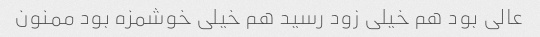
عالی بود هم خیلی زود رسید هم خیلی خوشمزه بود ممنون